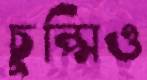
চুপ্‌সিও